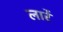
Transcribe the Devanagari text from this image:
लार्रे